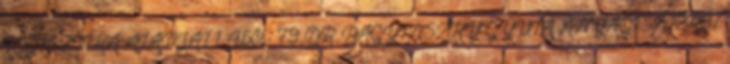
LOGISZTIKA ALAPJAI 1 450,- 79 DR. BAGYINSZKY GYULA ANYAGISMERET